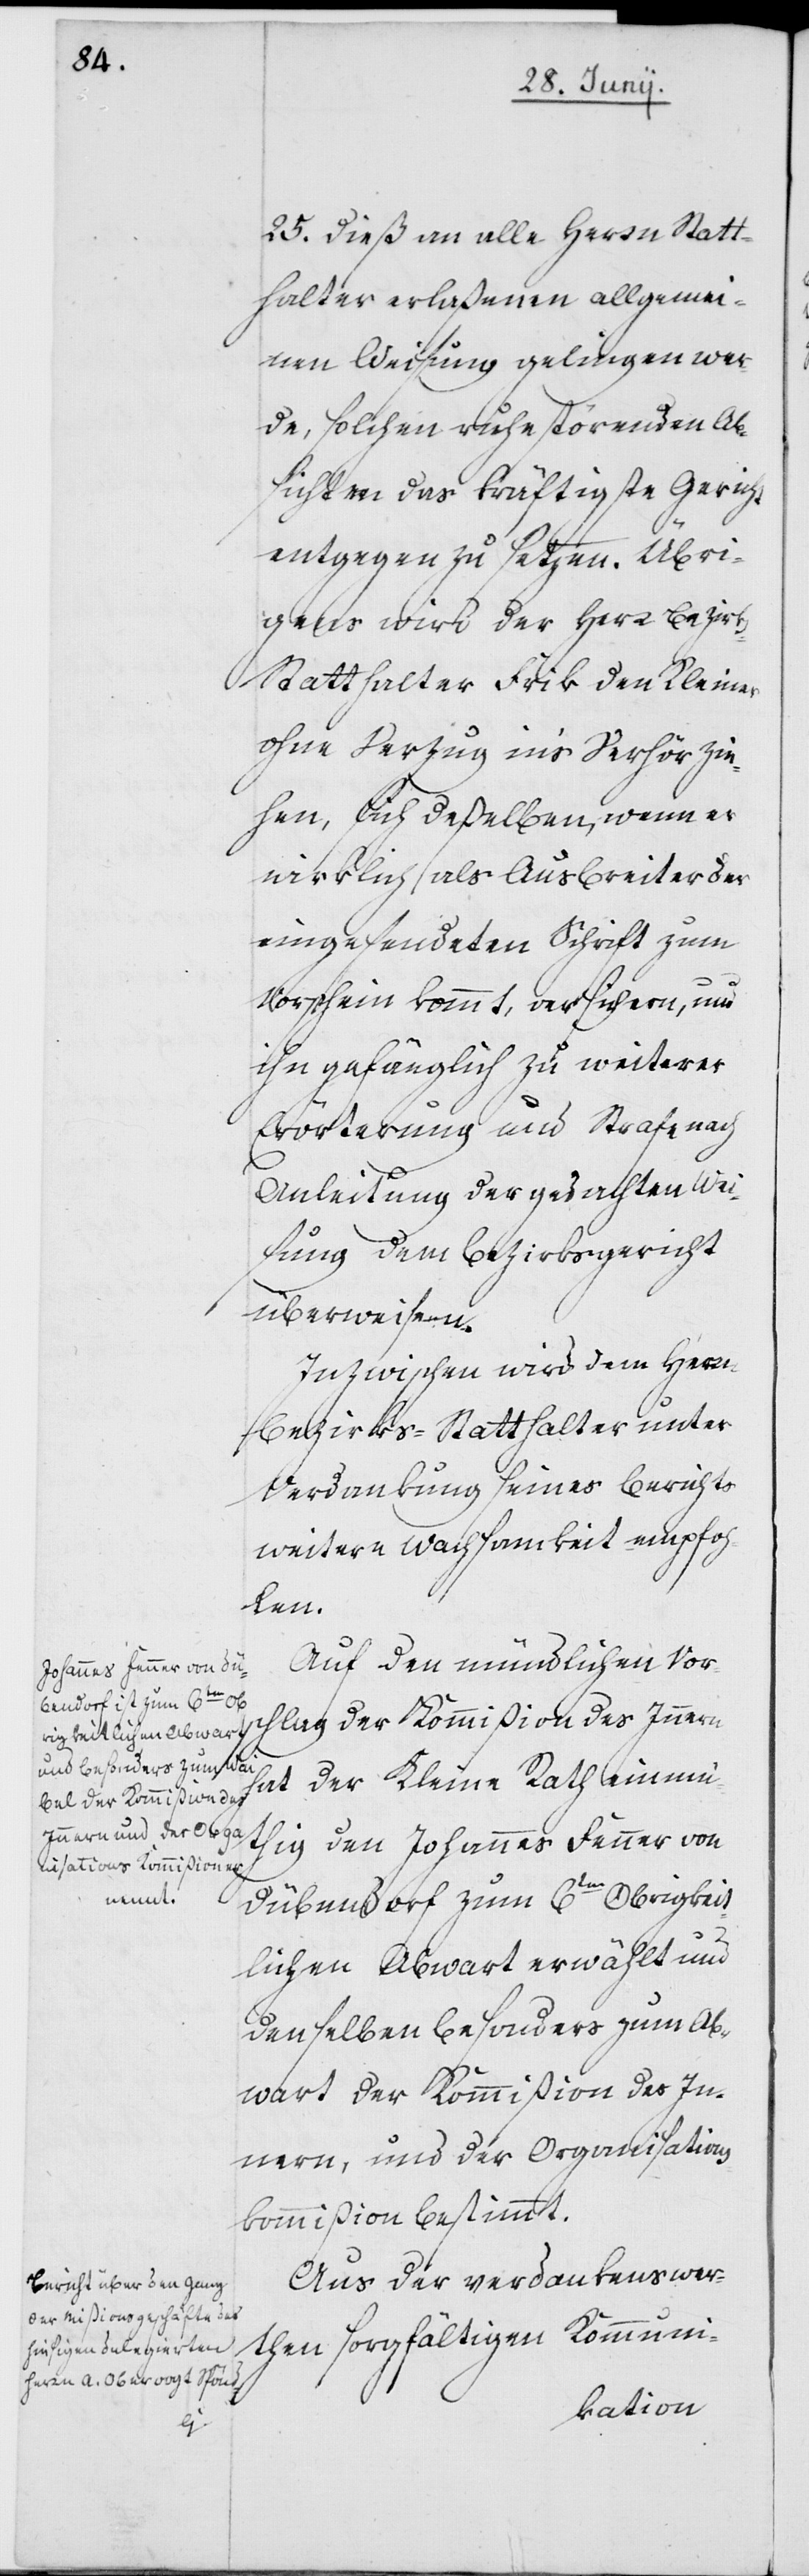
25.

dieß an alle Herrn Statt¬
halter erlaßenen allgemei¬
nen Weisung gelingen wer¬
de, solchen ruhestörenden Ab¬
sichten das kräftigste Gericht
entgegen zu setzen. Übri¬
gens wird der Herr Bezirk¬
s-Statthalter Frik den Kleiner
ohne Verzug in’s Verhör zie¬
hen, sich deßelben, wenn er
wirklich als Ausbreiter der
eingesendeten Schrift zum
Vorschein kommt, versichern, und
ihn gefänglich zu weiterer
Erörterung und Strafe nach
Anleitung der gedachten Wei¬
sung dem Bezirksgericht
überweisen.
Inzwischen wird dem Herrn
Bezirks-Statthalter unter
Verdankung seines Berichts
weitere Wachtsamkeit empfoh¬
len.
Auf den mündlichen Vors¬
chlag der Kommißion des Innern
hat der Kleine Rath einmü¬
thig den Johannes Fenner von
Dübendorf zum 6ten Obrigkeit¬
lichen Abwart erwählt und
denselben besonders zum Ab¬
wart der Kommißion des In¬
nern, und der Organisations¬
kommißion bestimmt.
Aus der verdankenswer¬
then sorgfältigen Kommuni-